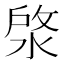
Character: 𣷙